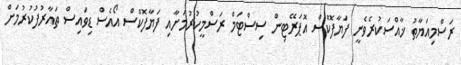
ރަސްމިއަޔާތު ޚާއްސަކުރެވެނީ ފަޔާފޮކްސް އޮޕަރޭޓިން ސިސްޓަމް ރަސްމީކުރުމަށާއި ފަޔާފޮކްސް އޯއެސް ޑިވައިސް ތައާރުފުކުރުމަށް